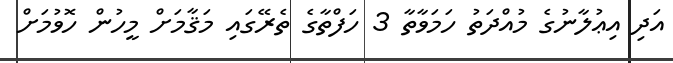
އަދި އިޢުލާނުގެ މުއްދަތު ހަމަވާތާ 3 ހަފްތާގެ ތެރޭގައި މަޤާމަށް މީހުން ހޮވުމަށް